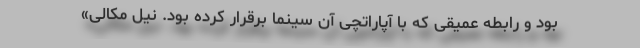
بود و رابطه عمیقی که با آپاراتچی آن سینما برقرار کرده بود. نیل مکالی»